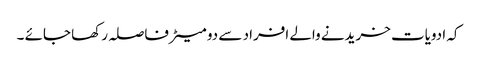
کہ ادویات خریدنے والے افراد سے دو میٹرفاصلہ رکھا جائے ۔